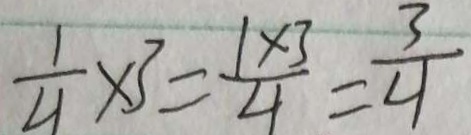
\frac { 1 } { 4 } \times 3 = \frac { 1 \times 3 } { 4 } = \frac { 3 } { 4 }